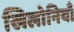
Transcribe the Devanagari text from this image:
खिलोनियाँ